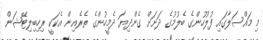
މި މައްސަލާގައި ފުލުހުންގެ ބެލުމުގެ ދަށަށް ގެންދިޔަ ދެމީހުންގެ ތެރެއިން އެކަކީ ރިހިބިލިޓޭޝަން